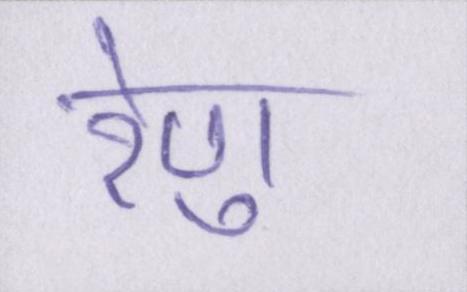
रेणु